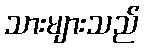
သားများသည်